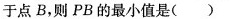
于点B，则PB的最小值是( )